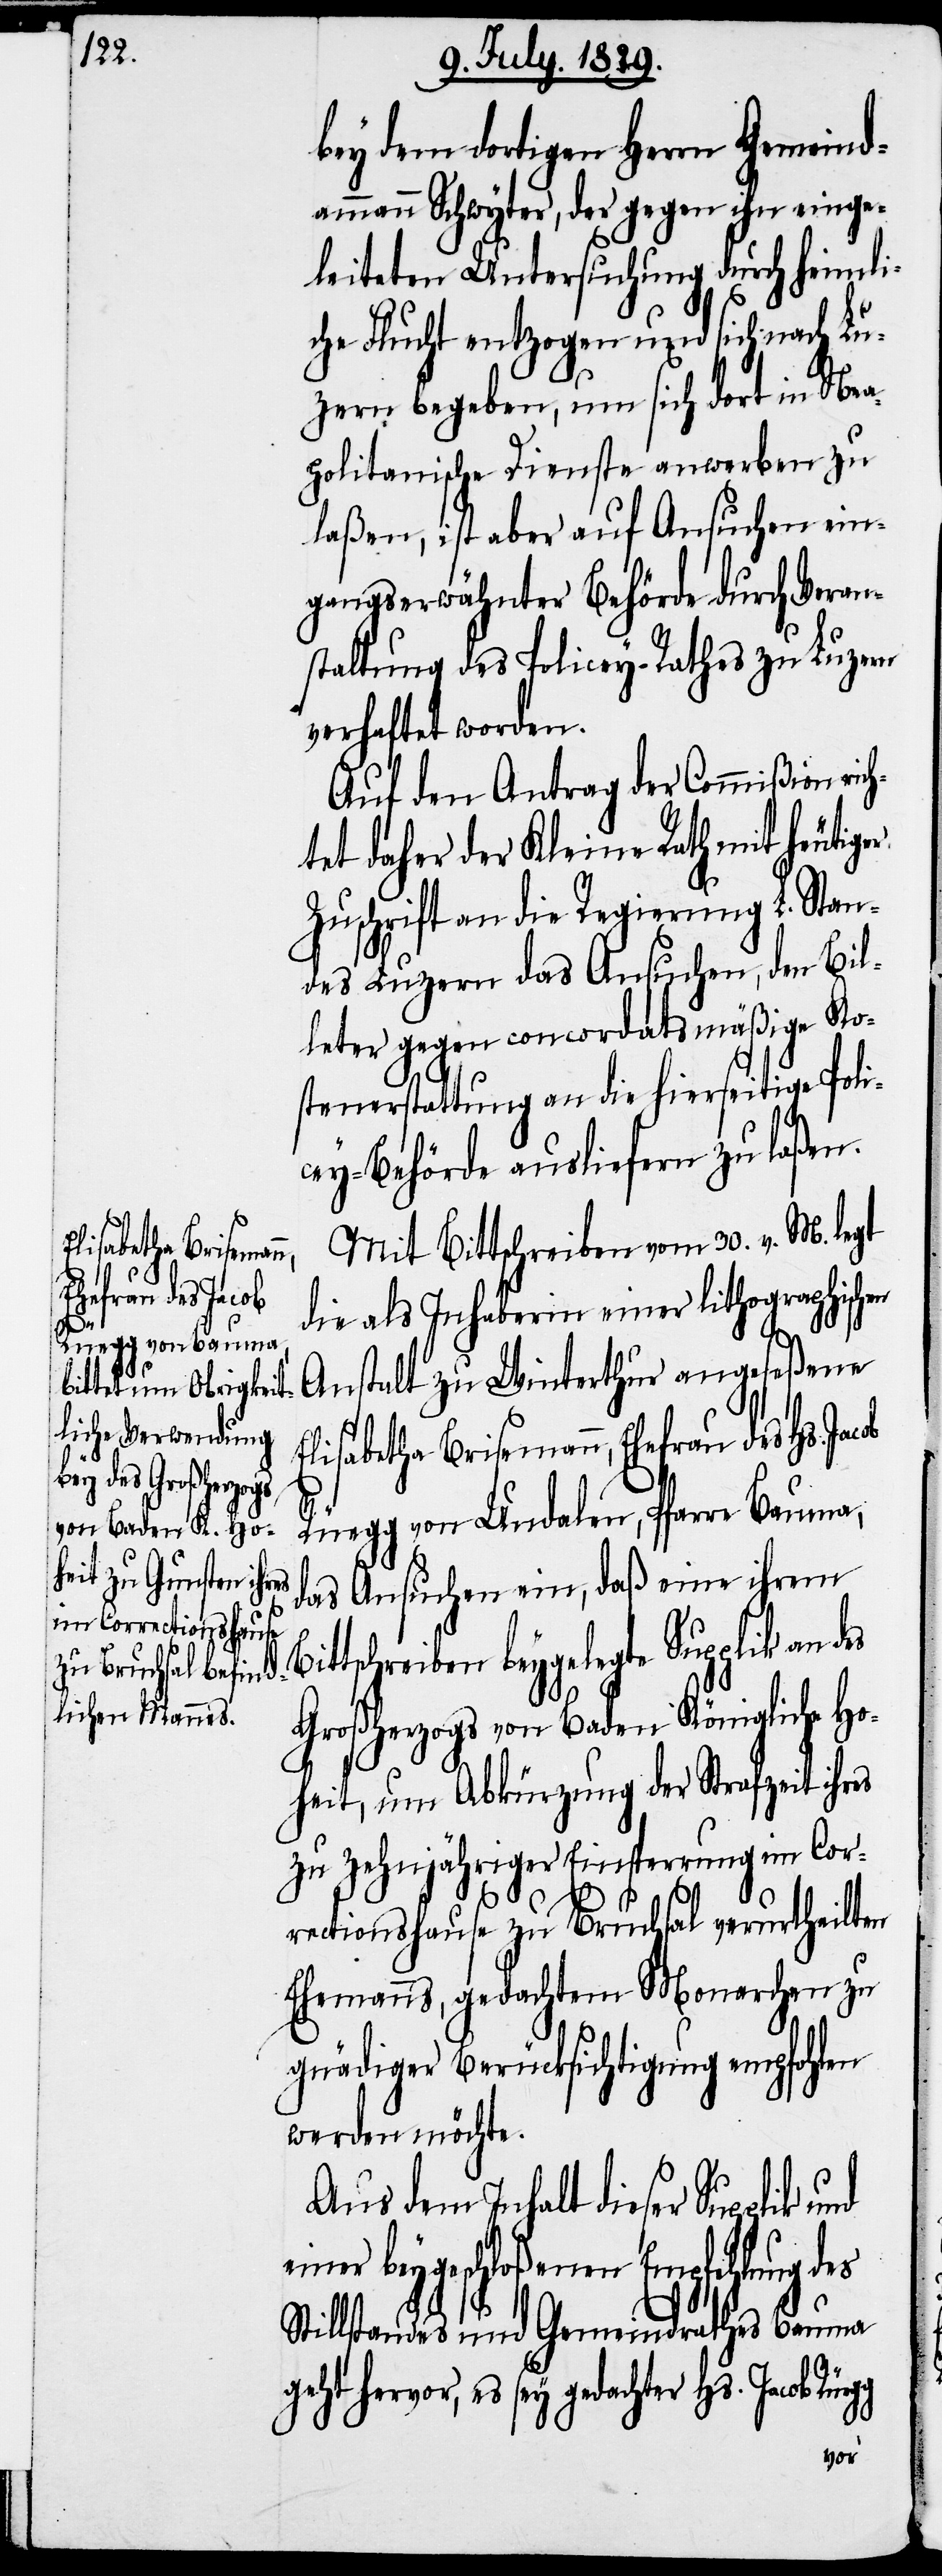
bey dem dortigen Herrn Gemeind¬
ammann Schwyter, der gegen ihn einge¬
leiteten Untersuchung durch heimli¬
che Flucht entzogen und sich nach Lu¬
zern begeben, um sich dort in Nea¬
politanische Dienste anwerben zu
laßen, ist aber auf Ansuchen ein¬
gangserwähnter Behörde durch Veran¬
staltung des Policey-Rathes zu Luzern
verhaftet worden.
Auf den Antrag der Commißion rich¬
tet daher der Kleine Rath mit heutig¬
Zuschrift an die Regierung L. Stan¬
des Luzern das Ansuchen, den Bil¬
leter gegen concordatsmäßige Ko¬
stenerstattung an die hierseitige Poli¬
cey-Behörde ausliefern zu laßen.
Mit Bittschreiben vom 30. v. M. legt
die als Inhaberin einer lithographischen
Anstalt zu Winterthur angeseßene
Elisabetha Brisemann, Ehefrau des Hs. Jacob
Rüegg von Undalen, Pfarre Bauma,
Bi¬
das Ansuchen ein, daß eine ihrem
ttschreiben beygelegte Supplik an
Großherzogs von Baden Königliche Ho¬
heit, um Abkürzung der Strafzeit ihres
zu zehnjähriger Einsperrung im Cor¬
rectionshause zu Bruchsal verurtheilten
Ehemanns, gedachtem Monarchen zu
gnädiger Berücksichtigung empfohlen
werden möchte.
Aus dem Inhalt dieser Supplik und
einer beygeschloßenen Empfehlung des
Stillstandes und Gemeindrathes Bauma
geht hervor, es sey gedachter Hs. Jacob